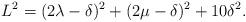
LaTeX: \begin{align*}L^2=(2\lambda -\delta)^2+(2\mu -\delta)^2+10\delta^2 .\end{align*}